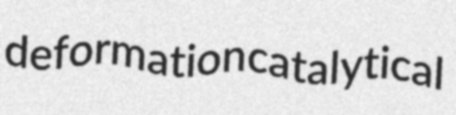
deformation catalytical